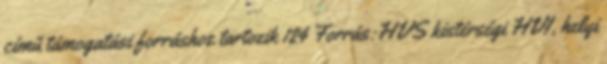
című támogatási forráshoz tartozik 124 Forrás:HVS kistérségi HVI, helyi